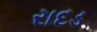
રાદડ